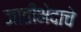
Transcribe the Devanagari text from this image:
जातीभेदाचे